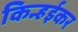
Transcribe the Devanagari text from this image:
किन्हईकर